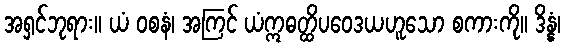
အရှင်ဘုရား။ ယံ ဝစနံ၊ အကြင် ယံဣဓတ္ထိပဝေဒယဟူသော စကားကို။ ဒိန္နံ၊